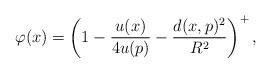
LaTeX: \begin{align*}\varphi(x) = \left( 1- \frac{u(x)}{4u(p)} - \frac{d(x,p)^2}{R^2} \right)^+,\end{align*}